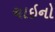
ચાઇનો